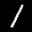
Label: 1